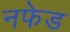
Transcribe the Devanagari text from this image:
नफेड